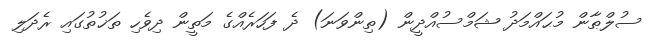
ސުލްޠާން މުޙައްމަދު ޝަމްސުއްދީން (ތިންވަނަ) ދެ ފަހަރެއްގެ މަތީން ދިވެހި ތަޚުތުގައި ރެދަލި